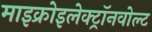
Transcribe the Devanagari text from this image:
माइक्रोइलेक्ट्रॉनवोल्ट